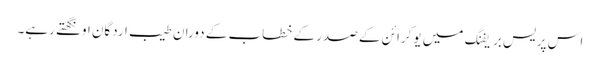
اس پریس بریفنگ میں یوکرائن کے صدر کے خطاب کے دوران طیب اردگان اونگھتے رہے۔